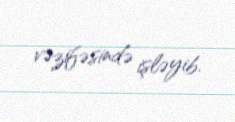
vəzifəsində işləyib.